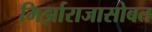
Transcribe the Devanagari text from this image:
मिर्झाराजासोबत